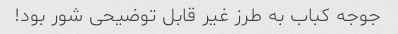
جوجه کباب به طرز غیر قابل توضیحی شور بود!